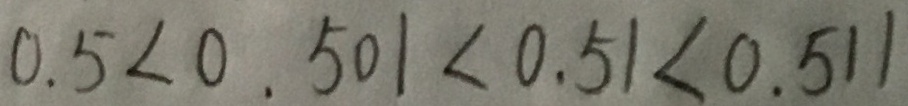
0 . 5 < 0 . 5 0 1 < 0 . 5 1 < 0 . 5 1 1